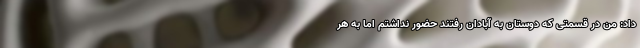
داد:‌ من در قسمتی که دوستان به آبادان رفتند حضور نداشتم اما به هر